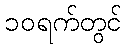
၁၀ရက်တွင်